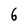
Character: 6